Source: Handwritten
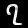
Digit: ၇ (7)